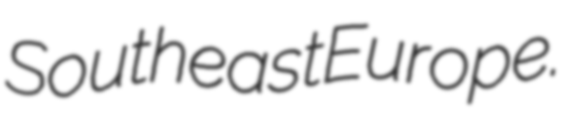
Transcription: Southeast Europe.